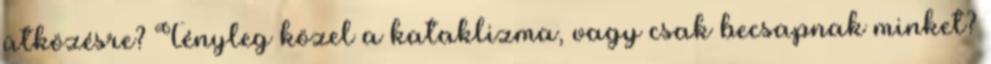
ütközésre? Tényleg közel a kataklizma, vagy csak becsapnak minket?